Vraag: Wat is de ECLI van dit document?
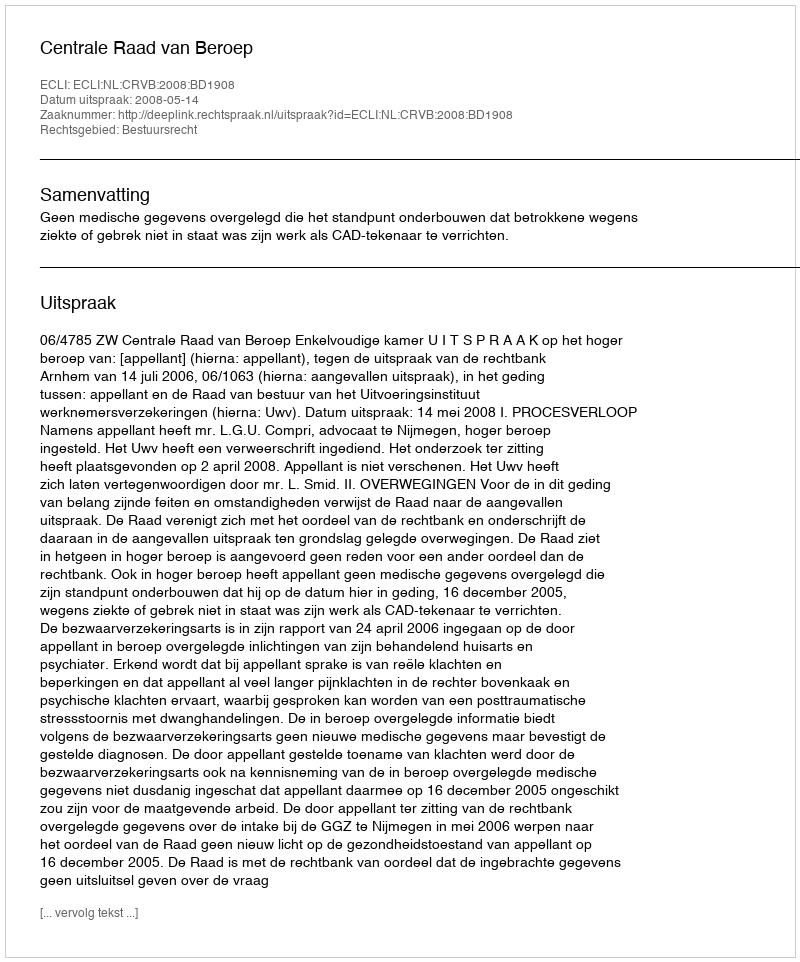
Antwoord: ECLI:NL:CRVB:2008:BD1908